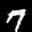
Label: 7